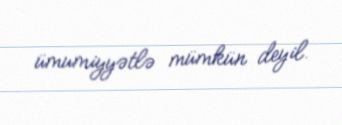
ümumiyyətlə mümkün deyil.